Report of the Municipal Commissioner on the plague in Bombay for the year ending 31st May... - Volume 2
Disease focus: Plague
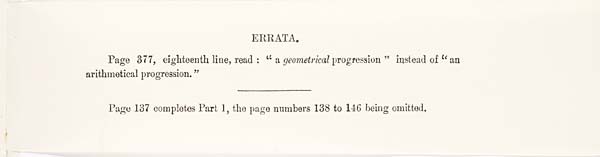
ERRATA.
Page 377, eighteenth line, read : "a geometrical progression" instead of "an
arithmetical progression."
Page 137 completes Part 1, the page numbers 138 to 146 being omitted.